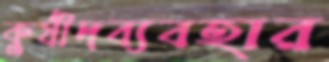
কুষীদব্যবহার